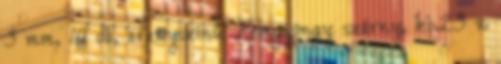
3 mm, 10 db, aranyszínű Fémgyöngy szárny, kb.23 x